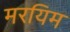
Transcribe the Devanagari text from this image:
मरयिम